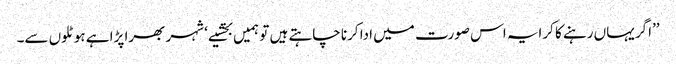
’’اگر یہاں رہنے کا کرایہ اس صورت میں ادا کرنا چاہتے ہیں تو ہمیں بخشیے‘ شہر بھرا پڑا ہے ہوٹلوں سے۔